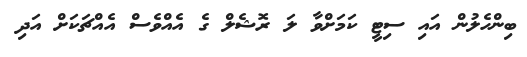
ބިންހެލުން އައި ސިޓީ ކަމަށްވާ ލަ ރޮޝެލް ގެ އެއްވެސް އެއްޗަކަށް އަދި